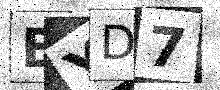
Text: BYD7